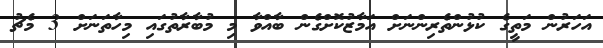
އަހަރުން މަތީގެ ކުޅުންތެރިންނަށް އަމާޒުކޮށްގެން ބާއްވާ މި މުބާރާތުގައި މިހާތަނަށް 3 މެޗު